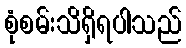
စုံစမ်းသိရှိရပါသည်